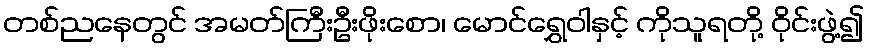
တစ်ညနေတွင် အမတ်ကြီးဦးဖိုးစော၊ မောင်ရွှေဝါနှင့် ကိုသူရတို့ ဝိုင်းဖွဲ့၍